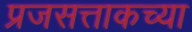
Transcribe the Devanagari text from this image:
प्रजसत्ताकच्या